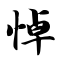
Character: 悼